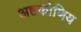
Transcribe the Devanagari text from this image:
अष्टकोणिय